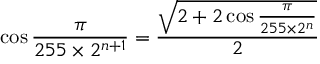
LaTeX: \cos { \frac { \pi } { 2 5 5 \times 2 ^ { n + 1 } } } = { \frac { \sqrt { 2 + 2 \cos { \frac { \pi } { 2 5 5 \times 2 ^ { n } } } } } { 2 } }